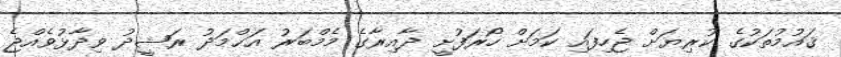
ޤައުމުތަކުގެ ކުރިޔަށް ޖެހިފައި ކަމަށް ހޯރަފުށީ ދާއިރާގެ މެމްބަރު އަޙްމަދު ރަޝީދު ވިދާޅުވެއްޖެ